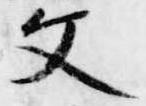
父